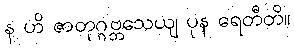
န ဟိ ဇာတုဂ္ဂဗ္ဘသေယျ ပုန ရေတီတိ။